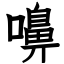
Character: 嚊